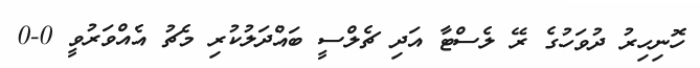
ހޮނިހިރު ދުވަހުގެ ރޭ ލެސްޓާ އަދި ޗެލްސީ ބައްދަލުކުރި މެޗު އެއްވަރުވީ 0-0